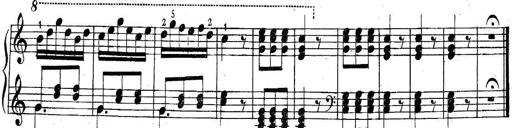
Title: 6 Easy Sonatinas
Composer: Carl Czerny